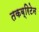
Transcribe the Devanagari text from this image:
तकब्रिटेन